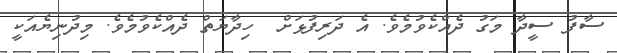
ސާފު ސީދާ މަގު ދެއްކެވުމެވެ. އެ ދަރިފުޅަށް  ހިދާޔަތް ދެއްކެވުމެވެ. މިދުނިޔެއަކީ